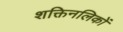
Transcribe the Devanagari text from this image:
शक्तिनलिकों